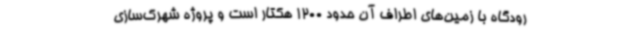
رودگاه با زمین‌های اطراف آن حدود 1200 هکتار است و پروژه شهرک‌سازی